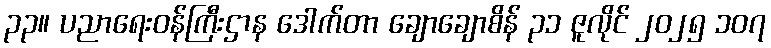
၃၃။ ပညာရေးဝန်ကြီးဌာန ဒေါက်တာ ချောချောစိန် ၃၁ ဇူလိုင် ၂၀၂၅ ၁၀၇